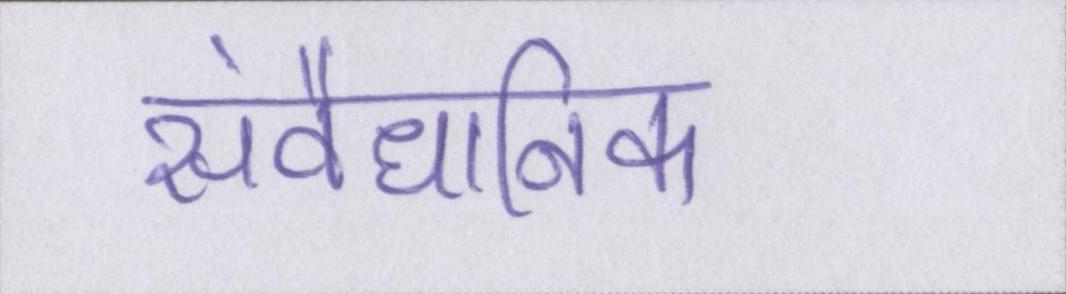
संवैधानिक